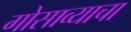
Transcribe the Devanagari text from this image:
गोसाव्याचा